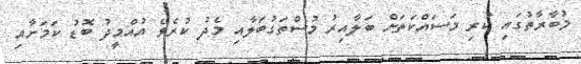
މުބާރާތުގައި ކުރި މަސައްކަތަށް ބަލާއިރު މުސްތަގުބަލާއި މެދު ކުރެވޭ އުއްމީދު ބޮޑު ކަމަށާއި